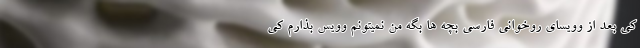
کی بعد از وویسای روخوانی فارسی بچه ها بگه من نمیتونم وویس بذارم کی